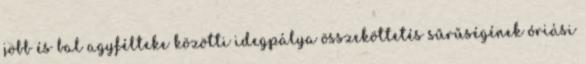
jobb és bal agyfélteke közötti idegpálya összeköttetés sűrűségének óriási